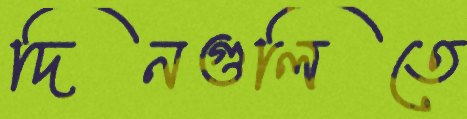
দিনগুলিতে